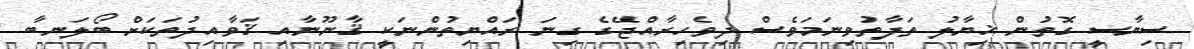
ސިޔާސީ ގޮތުން ޚިޔާލު ތަފާތުވިނަމަވެސް ދިވެހިރާއްޖޭގެ ގިނަ ރައްޔިތުންނަކީ ޤާނޫނާއި ޤަވާއިދުތަކަށް ބޯލަނބާ